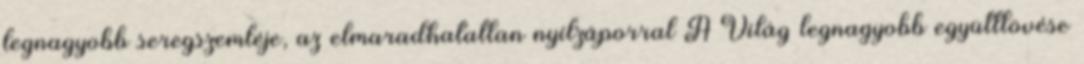
legnagyobb seregszemléje, az elmaradhatatlan nyílzáporral A Világ legnagyobb együttlövése